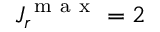
J _ { r } ^ { \mathrm { ~ m ~ a ~ x ~ } } = 2